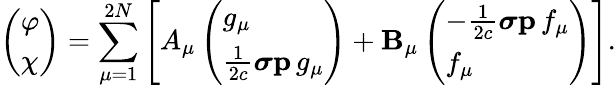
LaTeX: \left(\begin{array}{l}{\varphi}\\ {\chi}\end{array}\right)=\sum_{\mu=1}^{2N}\left[A_{\mu}\left(\begin{array}{l}{g_{\mu}}\\ {\frac{1}{2c}\boldsymbol{\sigma}\mathbf{p}\, g_{\mu}}\end{array}\right)+\mathbf{B}_{\mu}\left(\begin{array}{l}{-\frac{1}{2c}\boldsymbol{\sigma}\mathbf{p}\, f_{\mu}}\\ {f_{\mu}}\end{array}\right)\right].